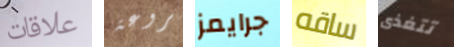
علاقات بروعة جرايمز ساقه تتغذى